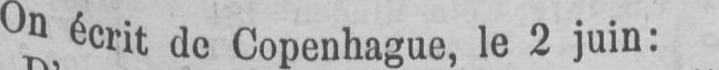
On écrit de Copenhague, le 2 juin: